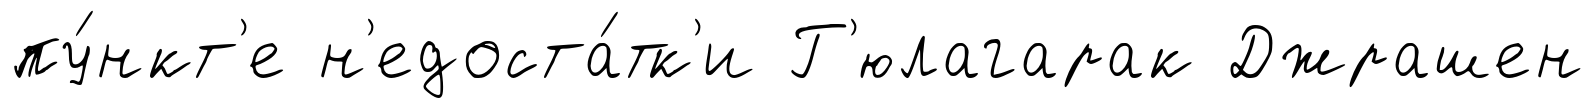
пу́нкт'е н'едоста́тк'и Г'юлагарак Джрашен